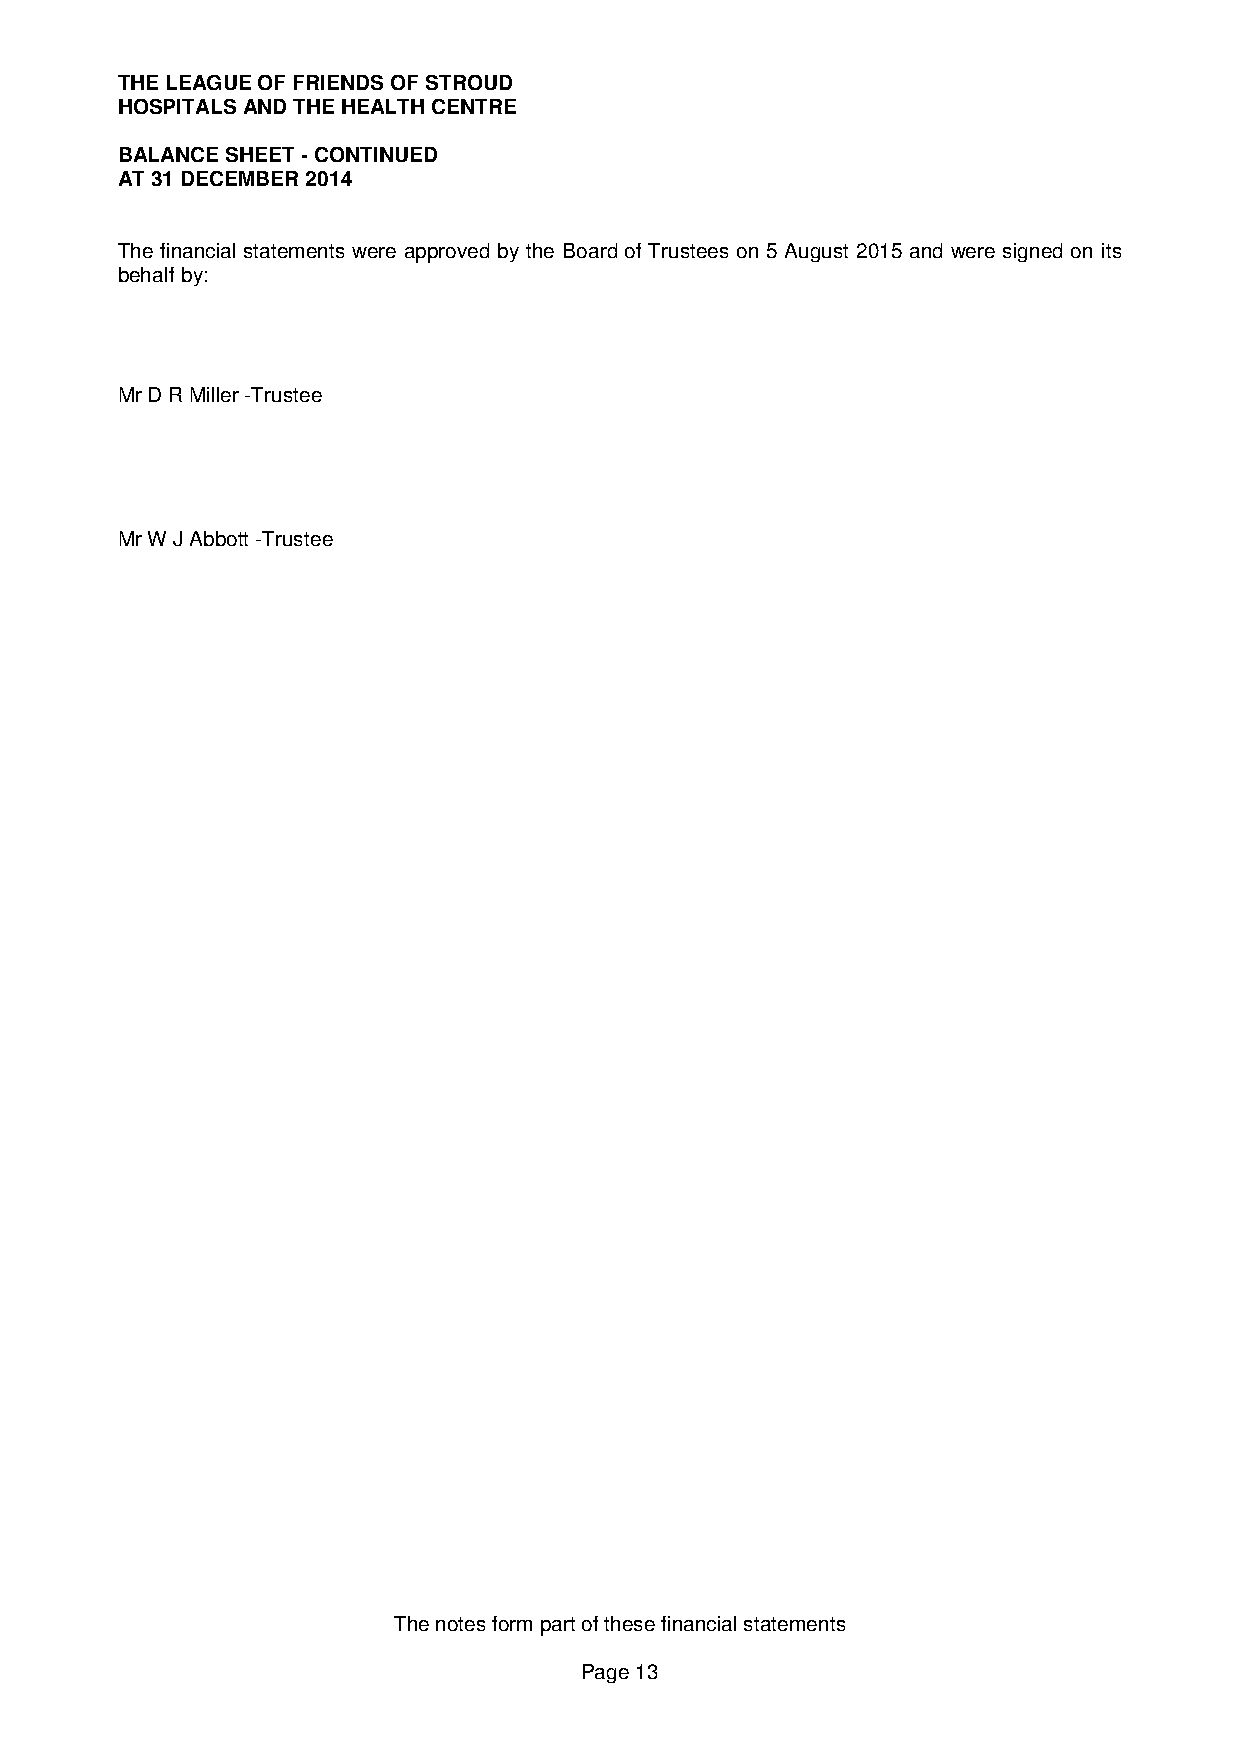
THE LEAGUE OF FRIENDS OF STROUD
 HOSPITALS AND THE HEALTH CENTRE
 BALANCE SHEET - CONTINUED
 AT 31 DECEMBER 2014
 The financial statements were approved by the Board of Trustees on 5 August 2015 and were signed on its
 behalf by:
 Mr D R Miller -Trustee
 Mr W J Abbott -Trustee
 The notes form part of these financial statements
 Page 13